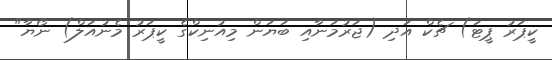
ކީޕަރު ޕީޓަ) ޗެކް އަދި (ޖަރުމަނާއި ބަޔަން މިއުނިކްގެ ކީޕަރު މެނުއަލް) ނޯޔާ"